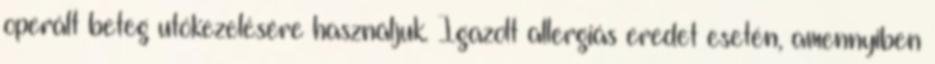
operált beteg utókezelésére használjuk. Igazolt allergiás eredet esetén, amennyiben